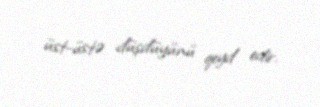
üst-üstə düşdüyünü qeyd edir.